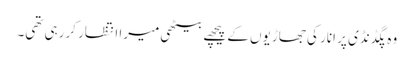
وہ پگڈنڈی پر انار کی جھاڑیوں کے پیچھے بیٹھی میرا انتظار کررہی تھی۔